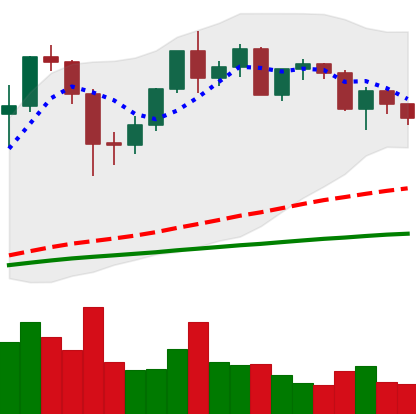
Ticker: ETH-USD
Chart end date: 2020-12-11
Forward return: 16.56%
Label: up_7plus